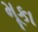
મૂકા